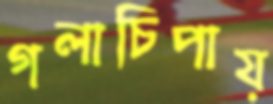
গলাচিপায়